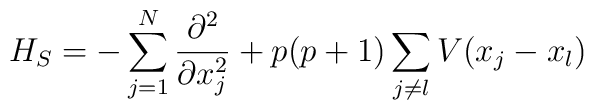
H_S=-\sum_{j=1}^N{\partial^2\over\partial x_j^2}+p(p+1)\sum_{j\neq l}V(x_j-x_l)